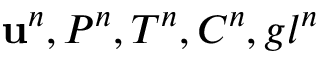
\mathbf { u } ^ { n } , P ^ { n } , T ^ { n } , C ^ { n } , g l ^ { n }